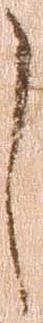
し